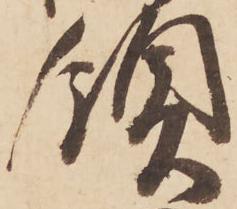
領